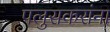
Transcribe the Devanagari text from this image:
पलुसकरांना